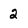
Character: 2